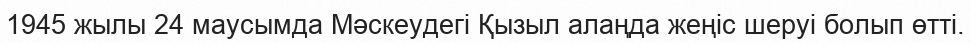
1945 жылы 24 маусымда Мәскеудегі Қызыл алаңда жеңіс шеруі болып өтті.